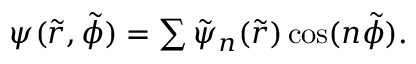
\begin{array} { r } { \psi ( \tilde { r } , \tilde { \phi } ) = \sum \tilde { \psi } _ { n } ( \tilde { r } ) \cos ( n \tilde { \phi } ) . } \end{array}